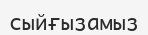
сыйғызамыз